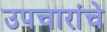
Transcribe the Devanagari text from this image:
उपचारांचे